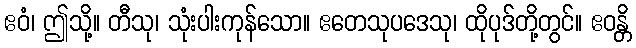
ဧဝံ၊ ဤသို့။ တီသု၊ သုံးပါးကုန်သော။ ဧတေသုပဒေသု၊ ထိုပုဒ်တို့တွင်။ ဧဝန္တိ